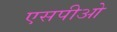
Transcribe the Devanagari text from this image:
एसपीओ